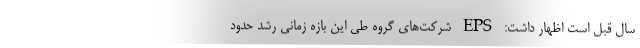
سال قبل است اظهار داشت: EPS شرکت‌های‌ گروه طی این بازه زمانی رشد حدود